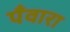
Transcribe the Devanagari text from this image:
पँवारा